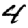
Digit: 4